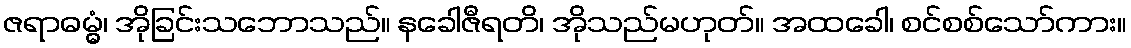
ဇရာဓမ္မွံ၊ အိုခြင်းသဘောသည်။ နခေါဇီရတိ၊ အိုသည်မဟုတ်။ အထခေါ၊ စင်စစ်သော်ကား။